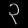
Digit: ၃